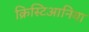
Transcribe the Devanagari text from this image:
क्रिस्टिआनिया